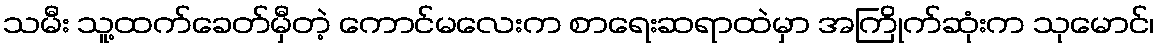
သမီး သူ့ထက်ခေတ်မှီတဲ့ ကောင်မလေးက စာရေးဆရာထဲမှာ အကြိုက်ဆုံးက သုမောင်၊